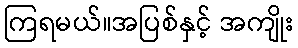
ကြရမယ်။အပြစ်နှင့် အကျိုး